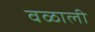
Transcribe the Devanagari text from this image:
वळाली